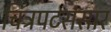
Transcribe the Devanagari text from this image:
चित्रपटसंसार